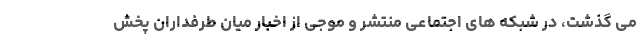
می گذشت، در شبکه های اجتماعی منتشر و موجی از اخبار میان طرفداران پخش